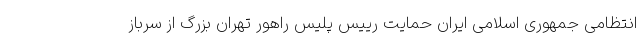
انتظامی جمهوری اسلامی ایران حمایت رییس پلیس راهور تهران بزرگ از سرباز